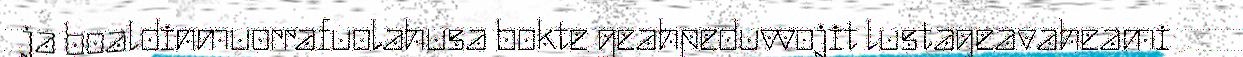
ja boaldinmuorrafuolahusa bokte geahpeduvvojit lustageavaheami